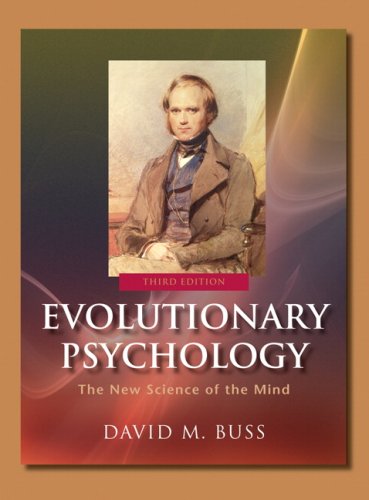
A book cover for Evolutionary Psychology: The New Science of the Mind; David Buss; Medical Books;